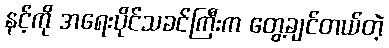
နင့်ကို အရေးပိုင်သခင်ကြီးက တွေ့ချင်တယ်တဲ့